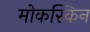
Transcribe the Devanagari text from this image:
मोकस्किन